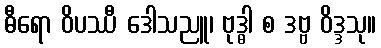
ဓီရော ဝိပဿီ ဒေါသညူ၊ ဗုဒ္ဓါ စ ဒဗ္ဗ ဝိဒ္ဒသု။